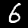
Label: 6